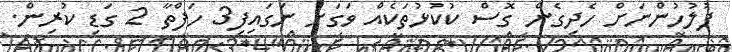
ފުލުހުންނަށް ހެދިގެން ގޮސް ކުކުޅުތަކެއް ވަގަށް ނަގައިފި3 ހަފްތާ 2 ގަޑި ކުރިން.